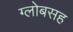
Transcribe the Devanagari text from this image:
ग्लोबसह